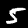
Digit: 5